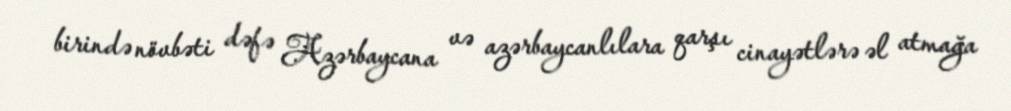
birində növbəti dəfə Azərbaycana və azərbaycanlılara qarşı cinayətlərə əl atmağa